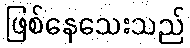
ဖြစ်နေသေးသည်